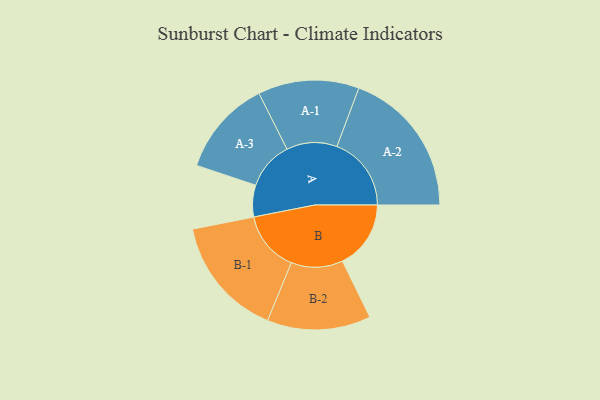
{"axis": {"x": "Segment", "y": "Value"}, "legend": ["", "A", "B"], "data": [{"x": "A", "y": 101, "type": ""}, {"x": "B", "y": 218, "type": ""}, {"x": "A-1", "y": 161, "type": "A"}, {"x": "A-2", "y": 237, "type": "A"}, {"x": "A-3", "y": 153, "type": "A"}, {"x": "B-1", "y": 193, "type": "B"}, {"x": "B-2", "y": 165, "type": "B"}]}